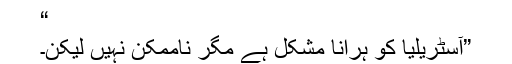
“
”آسٹریلیا کو ہرانا مشکل ہے مگر ناممکن نہیں لیکن۔